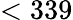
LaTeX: <339